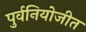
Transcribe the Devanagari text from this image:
पुर्वनियोजीत